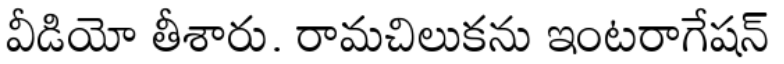
వీడియో తీశారు. రామచిలుకను ఇంటరాగేషన్